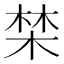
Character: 𣓏